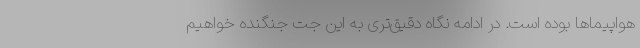
هواپیماها بوده است. در ادامه نگاه دقیق‌تری به این جت جنگنده خواهیم